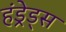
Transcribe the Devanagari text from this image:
हंड्रेड्स